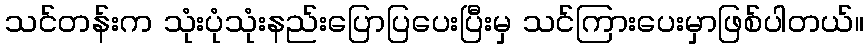
သင်တန်းက သုံးပုံသုံးနည်းပြောပြပေးပြီးမှ သင်ကြားပေးမှာဖြစ်ပါတယ်။